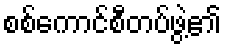
စစ်ကောင်စီတပ်ဖွဲ့၏